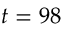
t = 9 8